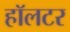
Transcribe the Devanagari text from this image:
हॉलटर